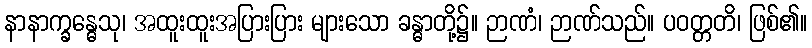
နာနာက္ခန္ဓေသု၊ အထူးထူးအပြားပြား များသော ခန္ဓာတို့၌။ ဉာဏံ၊ ဉာဏ်သည်။ ပဝတ္တတိ၊ ဖြစ်၏။